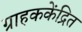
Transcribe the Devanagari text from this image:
ग्राहककेंद्रित